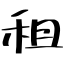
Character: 租